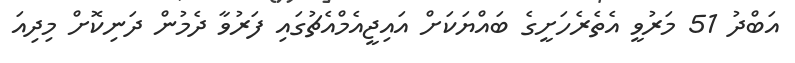
އަބްދު 51 މަރުވީ އެތެރެހަށީގެ ބައްޔަކަށް އައިޖީއެމްއެޗުގައި ފަރުވާ ދެމުން ދަނިކޮށް މިިދިއަ